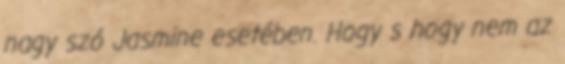
nagy szó Jasmine esetében. Hogy s hogy nem az